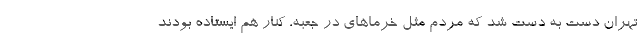
تهران دست به دست شد که مردم مثل خرماهای در جعبه، کنار هم ایستاده بودند